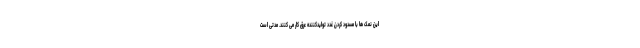
این نمک ها با مسدود کردن غدد تولیدکننده عرق کار می کنند. مدتی است